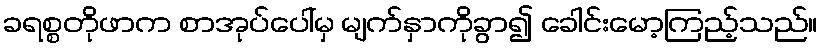
ခရစ္စတိုဖာက စာအုပ်ပေါ်မှ မျက်နှာကိုခွာ၍ ခေါင်းမော့ကြည့်သည်။